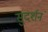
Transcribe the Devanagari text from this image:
सुदर्शनं